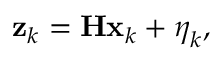
\mathbf { z } _ { k } = \mathbf { H } \mathbf { x } _ { k } + \boldsymbol { \eta } _ { k } ,